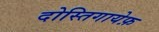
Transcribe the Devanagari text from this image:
दोस्तिगायेफ़